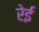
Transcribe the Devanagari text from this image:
रेई